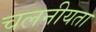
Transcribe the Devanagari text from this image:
चलनीयता